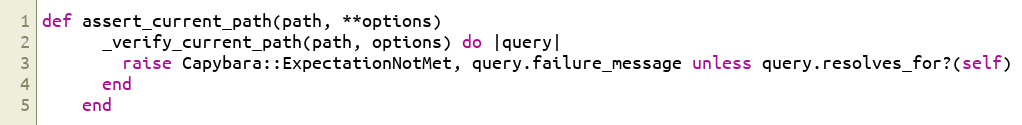
Language: Ruby
def assert_current_path(path, **options)
      _verify_current_path(path, options) do |query|
        raise Capybara::ExpectationNotMet, query.failure_message unless query.resolves_for?(self)
      end
    end